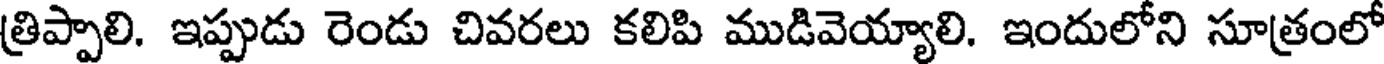
త్రిప్పాలి. ఇప్పుడు రెండు చివరలు కలిపి ముడివెయ్యాలి. ఇందులోని సూత్రంలో